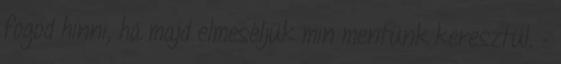
fogod hinni, ha majd elmeséljük min mentünk keresztül. –